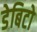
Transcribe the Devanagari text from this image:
डेबिटो